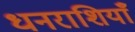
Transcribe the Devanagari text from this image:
धनराशियाँ